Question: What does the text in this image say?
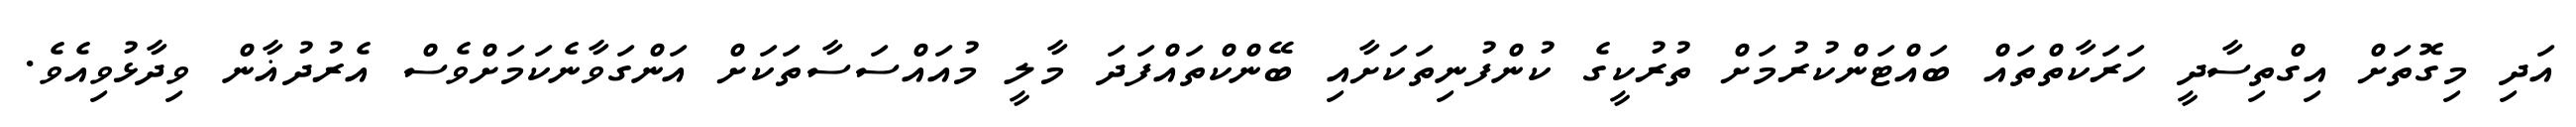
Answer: އަދި މިގޮތަށް އިގްތިސާދީ ހަރަކާތްތައް ބައްޓަންކުރުމަށް ތުރުކީގެ ކުންފުނިތަކަށާއި ބޭންކްތައްފަދަ މާލީ މުއައްސަސާތަކަށް އަންގަވާނެކަމަށްވެސް އެރުދުޣާން ވިދާޅުވިއެވެ.